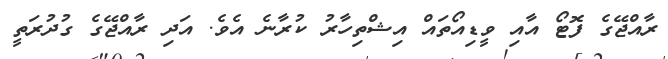
ރާއްޖޭގެ ފޮޓޯ އާއި ވީޑިއޯތައް އިޝްތިހާރު ކުރާނެ އެވެ. އަދި ރާއްޖޭގެ ގުދުރަތީ